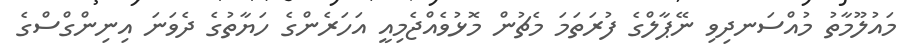
މައުލޫމާތު މުއްސަނދިވި ނޭޕާލްގެ ފުރަތަމަ މެޗުން މޮޅުވެއްޖެމިއީ އަހަރެންގެ ހަޔާތުގެ ދެވަނަ އިނިންގްސްގެ